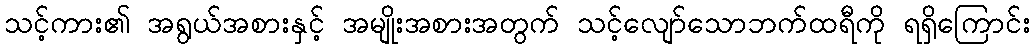
သင့်ကား၏ အရွယ်အစားနှင့် အမျိုးအစားအတွက် သင့်လျော်သောဘက်ထရီကို ရရှိကြောင်း